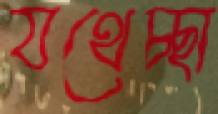
যথেচ্ছা